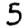
Digit: 5